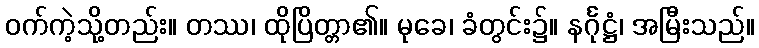
ဝက်ကဲ့သို့တည်း။ တဿ၊ ထိုပြိတ္တာ၏။ မုခေ၊ ခံတွင်း၌။ နင်္ဂုဋ္ဌံ၊ အမြီးသည်။